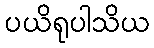
ပယိရုပါသိယ